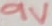
Text: 9V